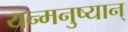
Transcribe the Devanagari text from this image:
यन्मनुष्यान्